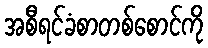
အစီရင်ခံစာတစ်စောင်ကို